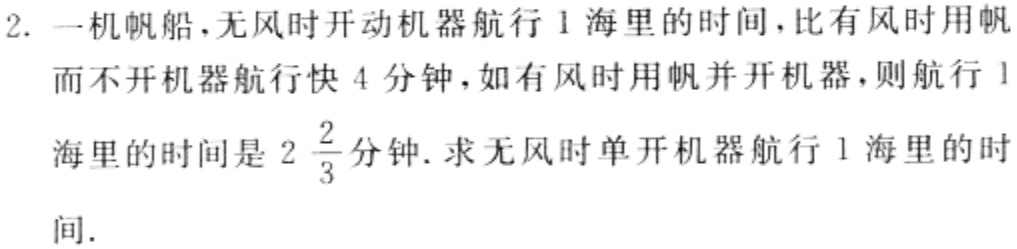
2. 一机帆船，无风时开动机器航行1海里的时间，比有风时用帆而不开机器航行快4分钟，如有风时用帆并开机器，则航行1海里的时间是$2\frac{2}{3}$分钟. 求无风时单开机器航行1海里的时间.